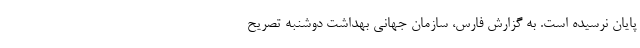
پایان نرسیده است. به گزارش فارس، سازمان جهانی بهداشت دوشنبه تصریح